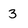
Character: 3